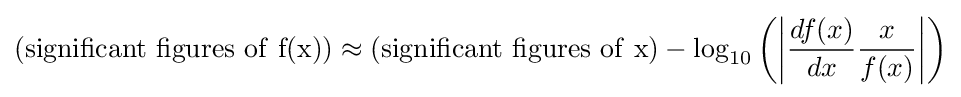
{\rm {(significant~figures~of~f(x))}}\approx {\rm {(significant~figures~of~x)}}-\log _{10}\left(\left\vert {{\frac {df(x)}{dx}}{\frac {x}{f(x)}}}\right\vert \right)